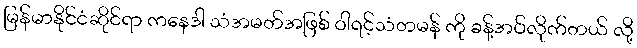
မြန်မာနိုင်ငံဆိုင်ရာ ကနေဒါ သံအမတ်အဖြစ် ဝါရင့်သံတမန် ကို ခန့်အပ်လိုက်တယ် လို့